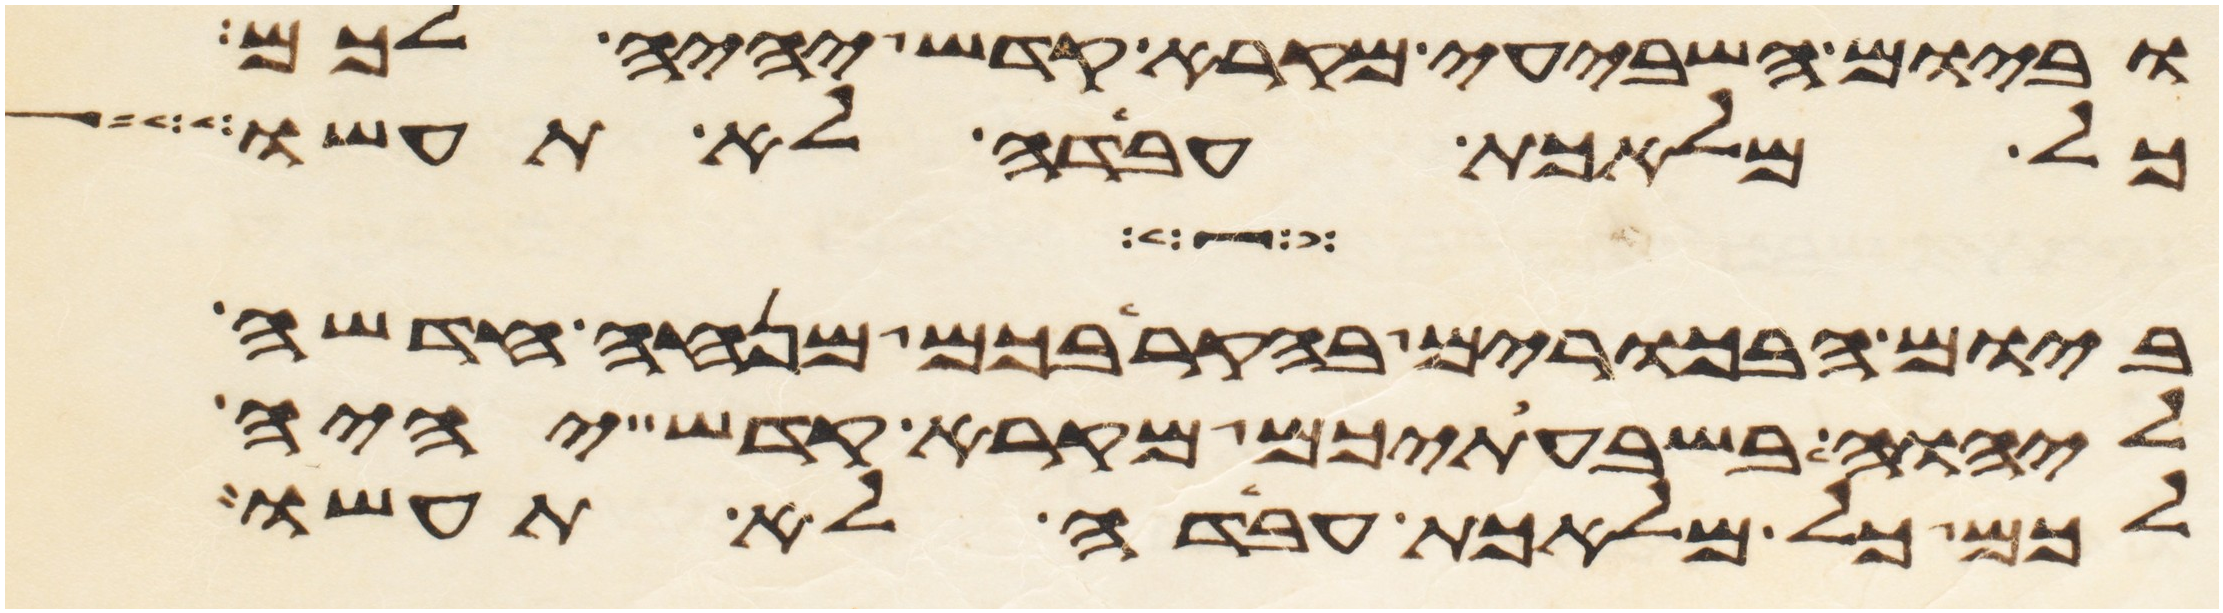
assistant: וביום השביעי מקרא קדש יהיה לכם
כל מלאכת עבדה לא תעשו
ביום הבכרים בהקריבכם מנחה חדשה
ליהוה בשבעתיכם מקרא קדש יהיה
לכם כל מלאכת עבדה לא תעשו